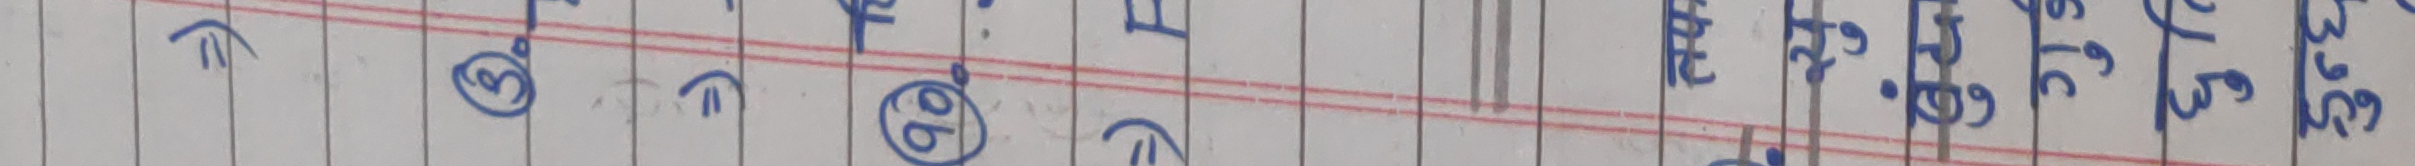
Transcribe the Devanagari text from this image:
त्रै ३९०